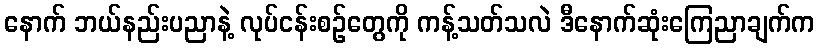
နောက် ဘယ်နည်းပညာနဲ့ လုပ်ငန်းစဉ်တွေကို ကန့်သတ်သလဲ ဒီနောက်ဆုံးကြေညာချက်က